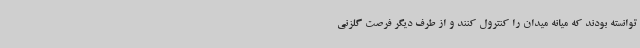
توانسته بودند که میانه میدان را کنترول کنند و از طرف دیگر فرصت گلزنی